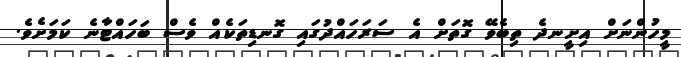
މީހުންނަށް އިށީނދެ ތިބެވޭ ގޮތަށް އެ ސަރަހައްދުގައި ގޮނޑިތަކެއް ވެސް ބަހައްޓާނެ ކަމަށެވެ.